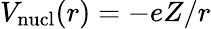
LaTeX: V_{\mathrm{nucl}}(r)=-eZ/r